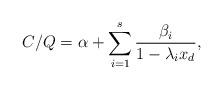
LaTeX: \begin{align*} C/Q=\alpha + \sum_{i=1}^s \frac{\beta_i}{1-\lambda_i x_d}, \end{align*}